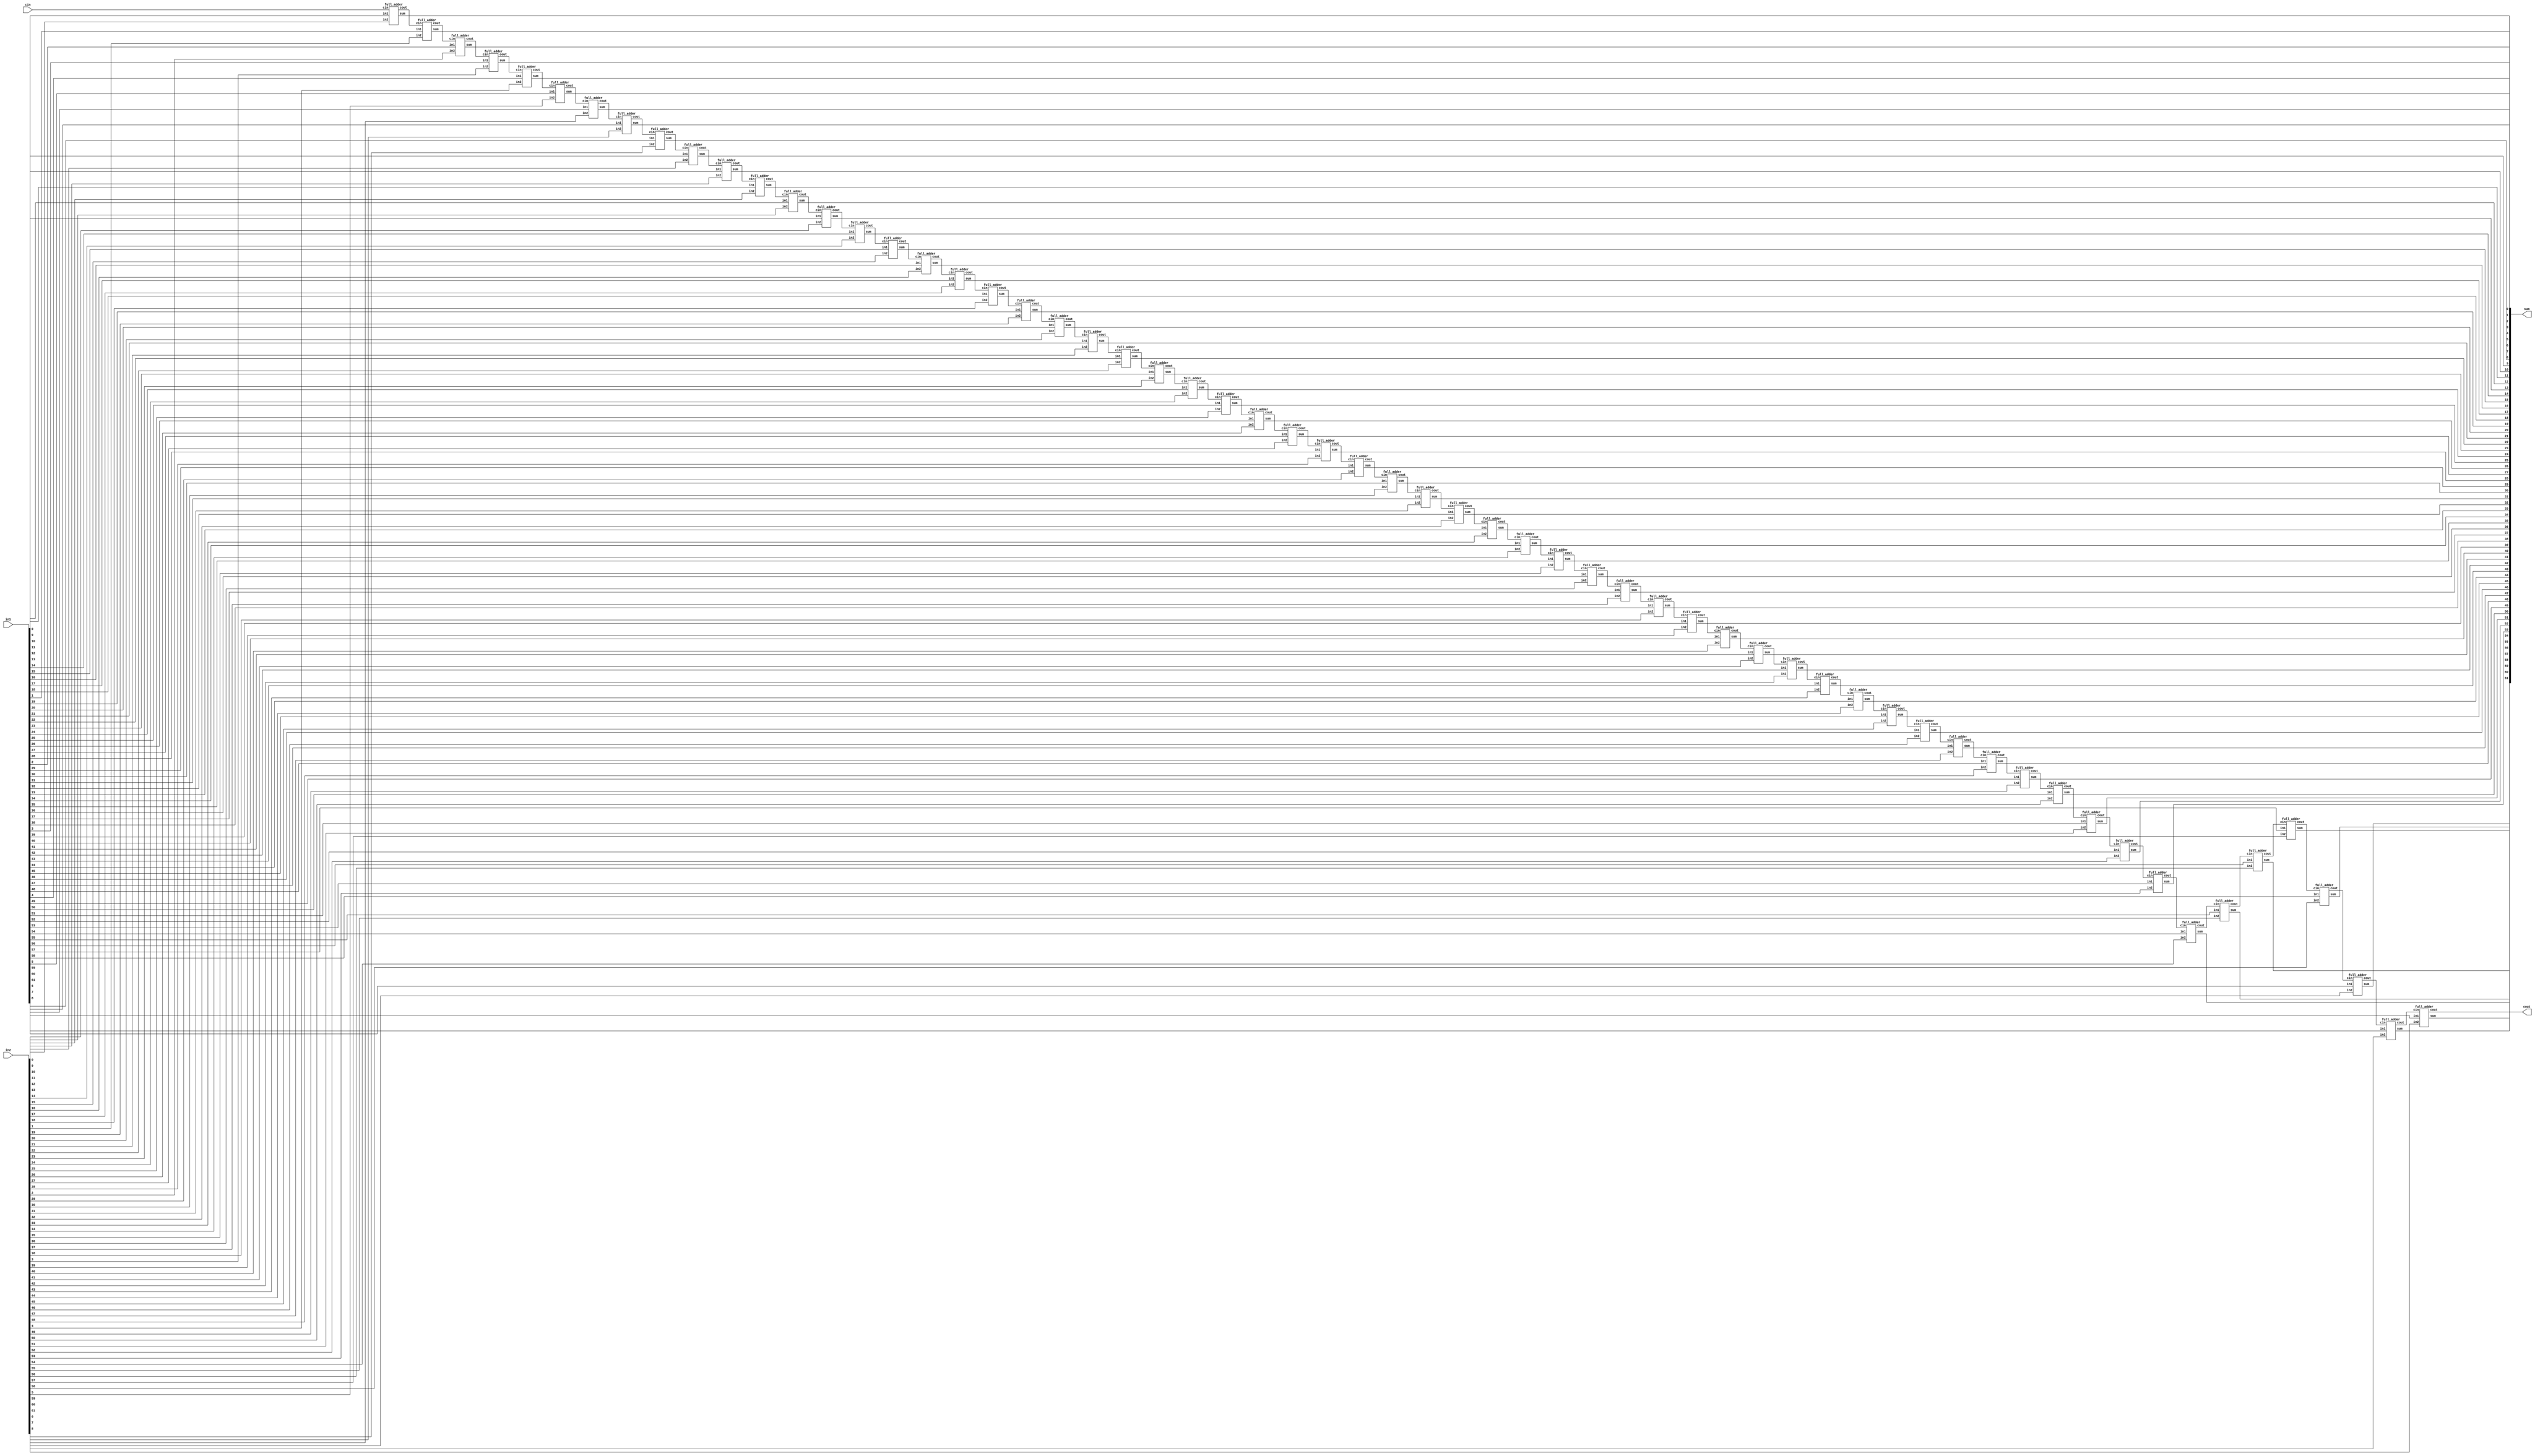
/////////////////////////////////////////////////////////////////////////
////
//// Module Name: Ripple Carry Adder (16-bits)
//// Function: Implements an 64-bit Ripple Carry Adder
////
/////////////////////////////////////////////////////////////////////////
module ripple_carry_adder_64(output [63:0] sum,
                      output cout,
                      input [63:0] in1, in2,
                      input cin);

    /* Area: 
     * Power: mW
     * Timing: ns
     */

    wire c1, c2, c3, c4, c5, c6, c7, c8, c9, c10, c11, c12, c13, c14, c15, c16, c17, c18, c19, c20, c21, c22, c23, c24, c25, c26, c27, c28, c29, c30, c31;
    wire c32, c33, c34, c35, c36, c37, c38, c39, c40, c41, c42, c43, c44, c45, c46, c47, c48, c49, c50, c51, c52, c53, c54, c55, c56, c57, c58, c59, c60, c61, c62; 
    full_adder FA1(sum[0],   c1,   in1[0],  in2[0], cin);
    full_adder FA2(sum[1],   c2,   in1[1],  in2[1], c1);
    full_adder FA3(sum[2],   c3,   in1[2],  in2[2], c2);
    full_adder FA4(sum[3],   c4,   in1[3],  in2[3], c3);
    full_adder FA5(sum[4],   c5,   in1[4],  in2[4], c4);
    full_adder FA6(sum[5],   c6,   in1[5],  in2[5], c5);
    full_adder FA7(sum[6],   c7,   in1[6],  in2[6], c6);
    full_adder FA8(sum[7],   c8,   in1[7],  in2[7], c7);
    full_adder FA9(sum[8],   c9,   in1[8],  in2[8], c8);
    full_adder FA10(sum[9],  c10,  in1[9],  in2[9], c9);
    full_adder FA11(sum[10], c11,  in1[10], in2[10], c10);
    full_adder FA12(sum[11], c12,  in1[11], in2[11], c11);
    full_adder FA13(sum[12], c13,  in1[12], in2[12], c12);
    full_adder FA14(sum[13], c14,  in1[13], in2[13], c13);
    full_adder FA15(sum[14], c15,  in1[14], in2[14], c14);
    full_adder FA16(sum[15], c16,  in1[15], in2[15], c15);
    full_adder FA17(sum[16], c17,  in1[16], in2[16], c16);
    full_adder FA18(sum[17], c18,  in1[17], in2[17], c17);
    full_adder FA19(sum[18], c19,  in1[18], in2[18], c18);
    full_adder FA20(sum[19], c20,  in1[19], in2[19], c19);
    full_adder FA21(sum[20], c21,  in1[20], in2[20], c20);
    full_adder FA22(sum[21], c22,  in1[21], in2[21], c21);
    full_adder FA23(sum[22], c23,  in1[22], in2[22], c22);
    full_adder FA24(sum[23], c24,  in1[23], in2[23], c23);
    full_adder FA25(sum[24], c25,  in1[24], in2[24], c24);
    full_adder FA26(sum[25], c26,  in1[25], in2[25], c25);
    full_adder FA27(sum[26], c27,  in1[26], in2[26], c26);
    full_adder FA28(sum[27], c28,  in1[27], in2[27], c27);
    full_adder FA29(sum[28], c29,  in1[28], in2[28], c28);
    full_adder FA30(sum[29], c30,  in1[29], in2[29], c29);
    full_adder FA31(sum[30], c31, in1[30], in2[30], c30);

    full_adder FA32(sum[31], c32, in1[31], in2[31], c31);
    full_adder FA33(sum[32], c33, in1[32], in2[32], c32);
    full_adder FA34(sum[33], c34, in1[33], in2[33], c33);
    full_adder FA35(sum[34], c35, in1[34], in2[34], c34);
    full_adder FA36(sum[35], c36, in1[35], in2[35], c35);
    full_adder FA37(sum[36], c37, in1[36], in2[36], c36);
    full_adder FA38(sum[37], c38, in1[37], in2[37], c37);
    full_adder FA39(sum[38], c39, in1[38], in2[38], c38);
    full_adder FA40(sum[39], c40, in1[39], in2[39], c39);
    full_adder FA41(sum[40], c41, in1[40], in2[40], c40);
    full_adder FA42(sum[41], c42, in1[41], in2[41], c41);
    full_adder FA43(sum[42], c43, in1[42], in2[42], c42);
    full_adder FA44(sum[43], c44, in1[43], in2[43], c43);
    full_adder FA45(sum[44], c45, in1[44], in2[44], c44);
    full_adder FA46(sum[45], c46, in1[45], in2[45], c45);
    full_adder FA47(sum[46], c47, in1[46], in2[46], c46);
    full_adder FA48(sum[47], c48, in1[47], in2[47], c47);
    full_adder FA49(sum[48], c49, in1[48], in2[48], c48);
    full_adder FA50(sum[49], c50, in1[49], in2[49], c49);
    full_adder FA51(sum[50], c51, in1[50], in2[50], c50);
    full_adder FA52(sum[51], c52, in1[51], in2[51], c51);
    full_adder FA53(sum[52], c53, in1[52], in2[52], c52);
    full_adder FA54(sum[53], c54, in1[53], in2[53], c53);
    full_adder FA55(sum[54], c55, in1[54], in2[54], c54);
    full_adder FA56(sum[55], c56, in1[55], in2[55], c55);
    full_adder FA57(sum[56], c57, in1[56], in2[56], c56);
    full_adder FA58(sum[57], c58, in1[57], in2[57], c57);
    full_adder FA59(sum[58], c59, in1[58], in2[58], c58);
    full_adder FA60(sum[59], c60, in1[59], in2[59], c59);
    full_adder FA61(sum[60], c61, in1[60], in2[60], c60);
    full_adder FA62(sum[61], cout,in1[61], in2[61], c61);
endmodule

module half_adder(output wire sum,
                  output wire cout,
                  input wire in1,
                  input wire in2);
    xor(sum, in1, in2);
    and(cout, in1, in2);
endmodule

module full_adder(output wire sum,
                  output wire cout,
                  input wire in1,
                  input wire in2,
                  input wire cin);
    wire temp1;
    wire temp2;
    wire temp3;
    xor(sum, in1, in2, cin);
    and(temp1,in1,in2);
    and(temp2,in1,cin);
    and(temp3,in2,cin);
    or(cout,temp1,temp2,temp3);
endmodule